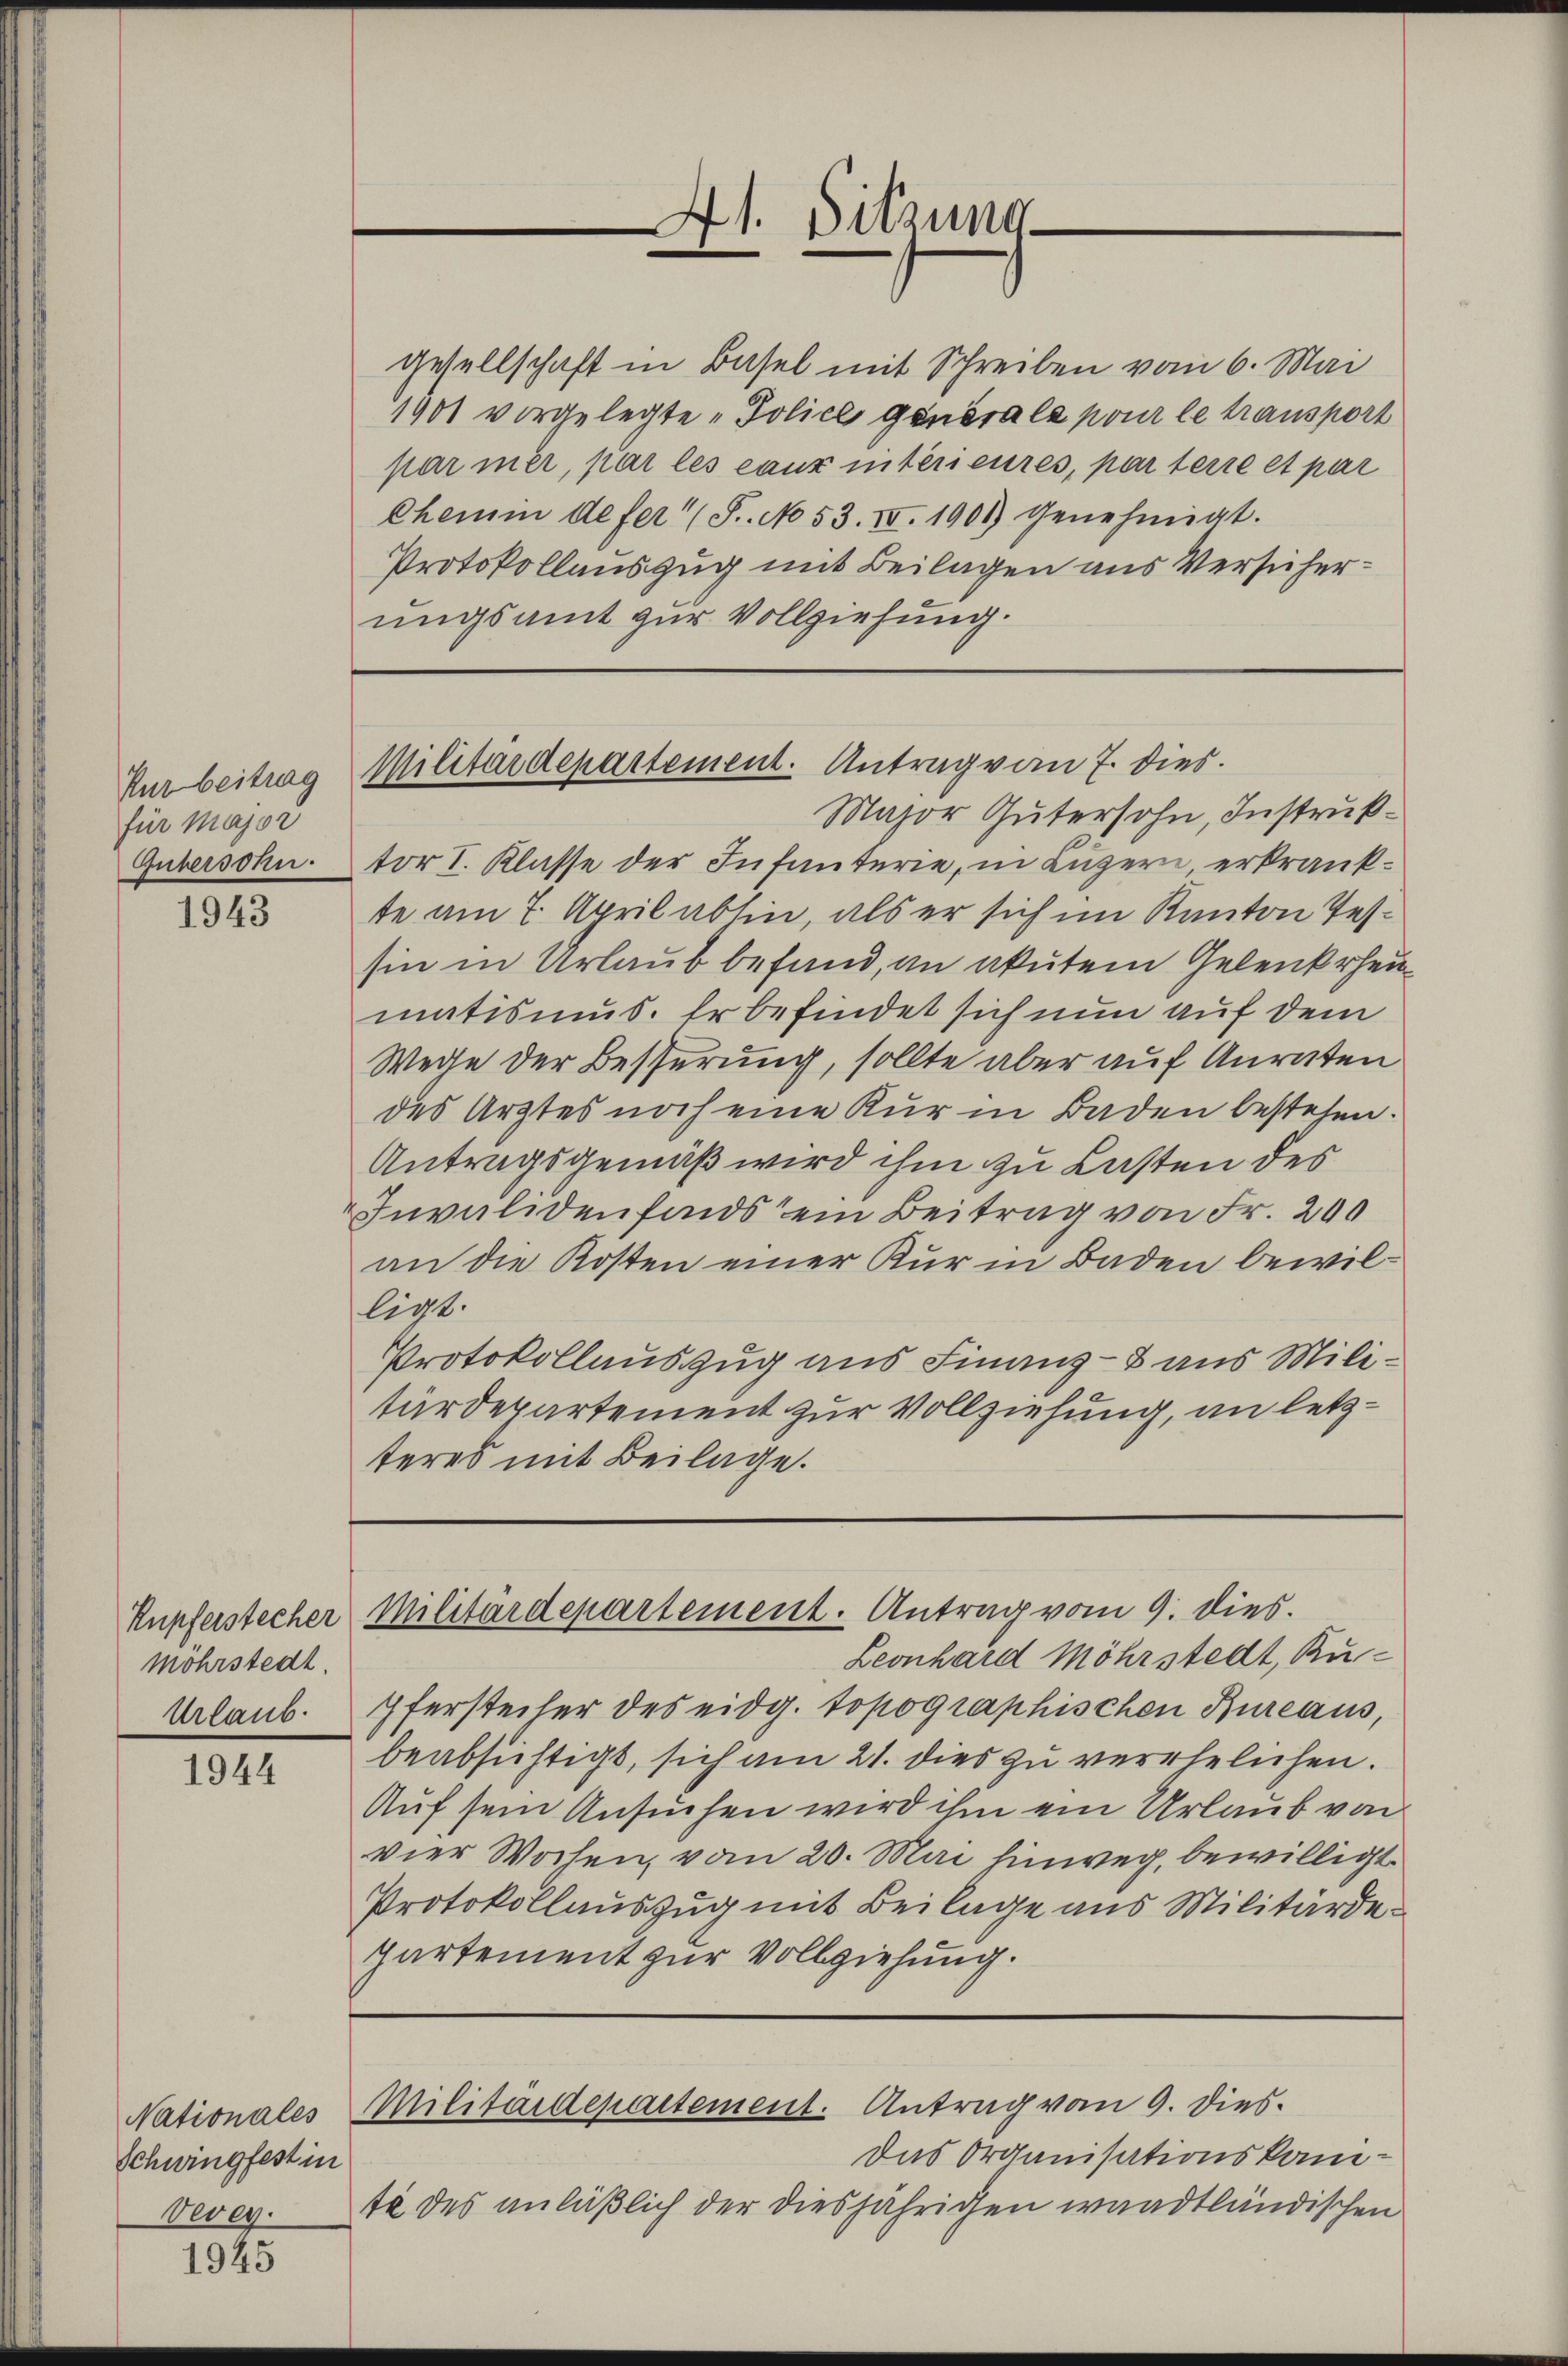
Kur beitrag
für Major
Gubersohn.

1943

möhrstedt.
Urlaub.

1944

Schwingfest in
Vevey.

1945

Major Gütersohn, Instruktor I. Klasse der Infanterie, in Luzern erkrankte am 7. April abhin, als er sich im Kanton Tessin in Urlaub befand, an akutem Gelenkrheumatismus. Er befindet sich nun auf dem
Wege der Besserung, sollte aber auf Anraten
des Arztes noch eine Kur in Baden bestehen.
Antragsgemäß wird ihm zu Lasten des
Invalidenfonds ein Beitrag von Fr. 200
an die Kosten einer Kur in Baden bewilligt.
Protokollauszug aus Finanz- & aus Militärdepartement zur Vollziehung, an letzteres mit Beilage.

gesellschaft in Basel mit Schreiben vom 6. Mai
1901 vorgelegte Police generals pour le transport
par mer, par les eaux intérieures, par teire et par
Chemm defer (S. No 53. IV. 1901) Genehmigt.
Protokollauszug mit Beilagen aus Versicherungsamt zur Vollziehung.

vier Wochen, vom 20. Mai hinweg, bewilligt
Protokollauszug mit Beilage aus Militärde
partement zur Vollziehung.

41. Sitzung

Militärdepartement. Antrag von 7. dies

Kupferstecher Militärdepartement. Antrag vom 9. dies

Leonhard Möhrstedt, Rupfersteiler des eidg. topographischen Bureaus,
beabsichtigt, sich am 21. dies zu verehelichen.
Auf sein Ansuchen wird ihm ein Urlaub von
Nationales Militärdepartement. Antrag vom 9. dies
Das Organisationskamte des anläßlich der diesjährigen waadtländischen